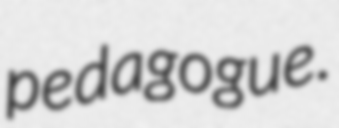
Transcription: pedagogue.